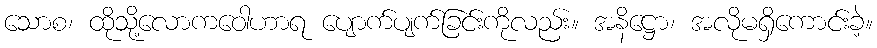
သောစ၊ ထိုသို့လောကဝေါဟာရ ပျောက်ပျက်ခြင်းကိုလည်း။ အနိဋ္ဌော၊ အလိုမရှိကောင်းခဲ့။